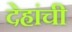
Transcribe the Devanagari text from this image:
देहांची